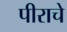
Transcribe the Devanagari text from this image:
पीराचे